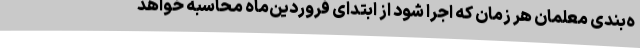
ه‌بندی معلمان هر زمان که اجرا شود از ابتدای فروردین‌ماه محاسبه خواهد